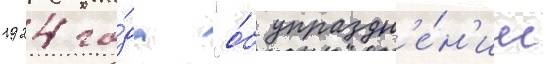
1924 го́да "о́б упраздн'е́н'ии